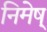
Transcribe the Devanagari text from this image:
निमेष्